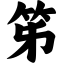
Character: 笫